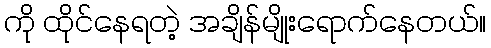
ကို ထိုင်နေရတဲ့ အချိန်မျိုးရောက်နေတယ်။